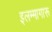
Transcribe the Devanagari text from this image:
इलम्मागारू